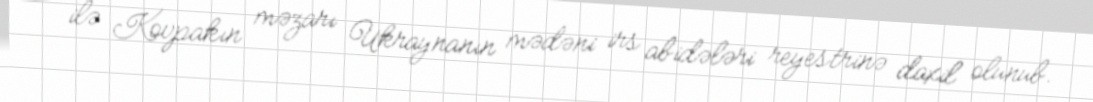
ilə Kovpakın məzarı Ukraynanın mədəni irs abidələri reyestrinə daxil olunub.